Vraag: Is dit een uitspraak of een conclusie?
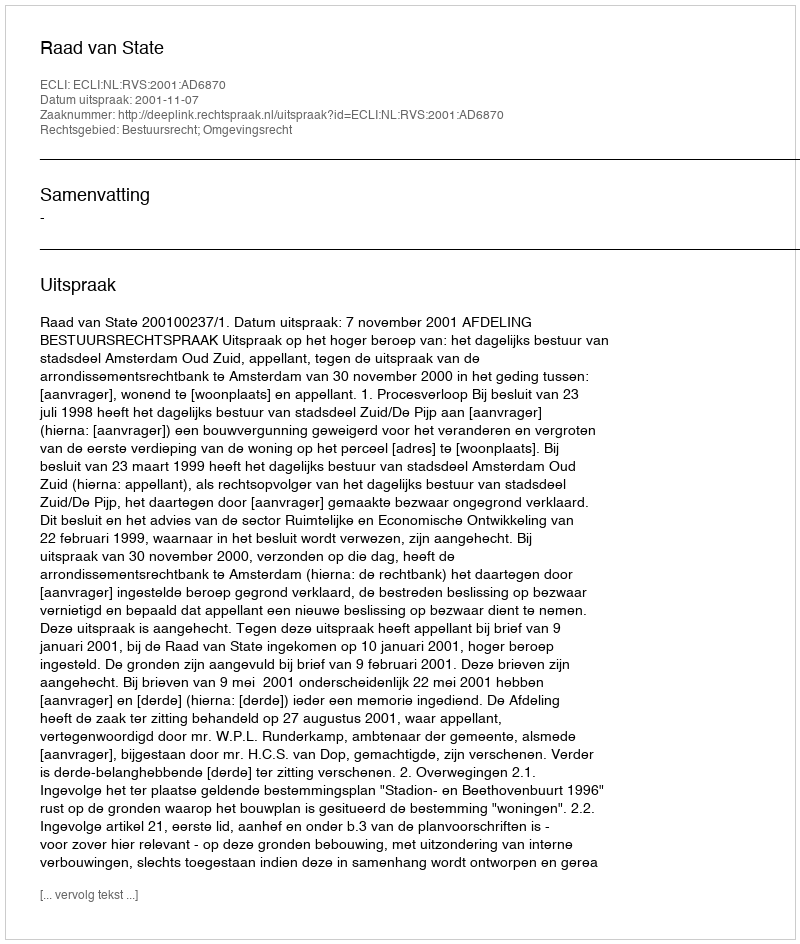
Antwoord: Uitspraak